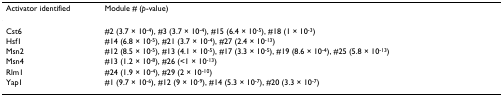
<table><thead><tr><td><b>Activator identified</b></td><td><b>Module # (<i>p</i>-value)</b></td></tr></thead><tbody><tr><td>Cst6</td><td>#2 (3.7 × 10<sup>-4</sup>), #3 (3.7 × 10<sup>-4</sup>), #15 (6.4 × 10<sup>-5</sup>), #18 (1 × 10<sup>-3</sup>)</td></tr><tr><td>Hsf1</td><td>#14 (6.8 × 10<sup>-5</sup>), #21 (3.7 × 10<sup>-4</sup>), #27 (2.4 × 10<sup>-13</sup>)</td></tr><tr><td>Msn2</td><td>#12 (8.5 × 10<sup>-5</sup>), #13 (4.1 × 10<sup>-5</sup>), #17 (3.3 × 10<sup>-5</sup>), #19 (8.6 × 10<sup>-4</sup>), #25 (5.8 × 10<sup>-13</sup>)</td></tr><tr><td>Msn4</td><td>#13 (1.2 × 10<sup>-8</sup>), #26 (&lt;1 × 10<sup>-13</sup>)</td></tr><tr><td>Rlm1</td><td>#24 (1.9 × 10<sup>-4</sup>), #29 (2 × 10<sup>-10</sup>)</td></tr><tr><td>Yap1</td><td>#1 (9.7 × 10<sup>-6</sup>), #12 (9 × 10<sup>-9</sup>), #14 (5.3 × 10<sup>-7</sup>), #20 (3.3 × 10<sup>-7</sup>)</td></tr></tbody></table>